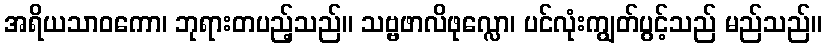
အရိယသာဝကော၊ ဘုရားတပည့်သည်။ သဗ္ဗဖာလိဖုလ္လော၊ ပင်လုံးကျွတ်ပွင့်သည် မည်သည်။